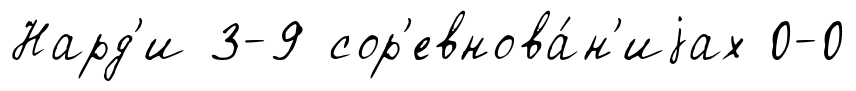
Нард'и 3-9 сор'евнова́н'иjах 0-0